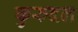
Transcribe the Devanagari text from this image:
कुरुदल